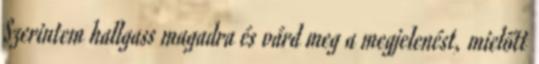
Szerintem hallgass magadra és várd meg a megjelenést, mielőtt